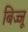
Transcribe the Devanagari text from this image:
बिज्‍जू